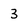
Character: 3